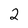
Character: 2